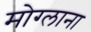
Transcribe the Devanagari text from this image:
मोग्लाना